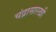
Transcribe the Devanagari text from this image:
चंद्रासारखी